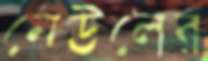
নেউলের